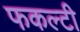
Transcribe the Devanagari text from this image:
फकल्टी